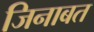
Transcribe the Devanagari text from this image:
जिनाबत